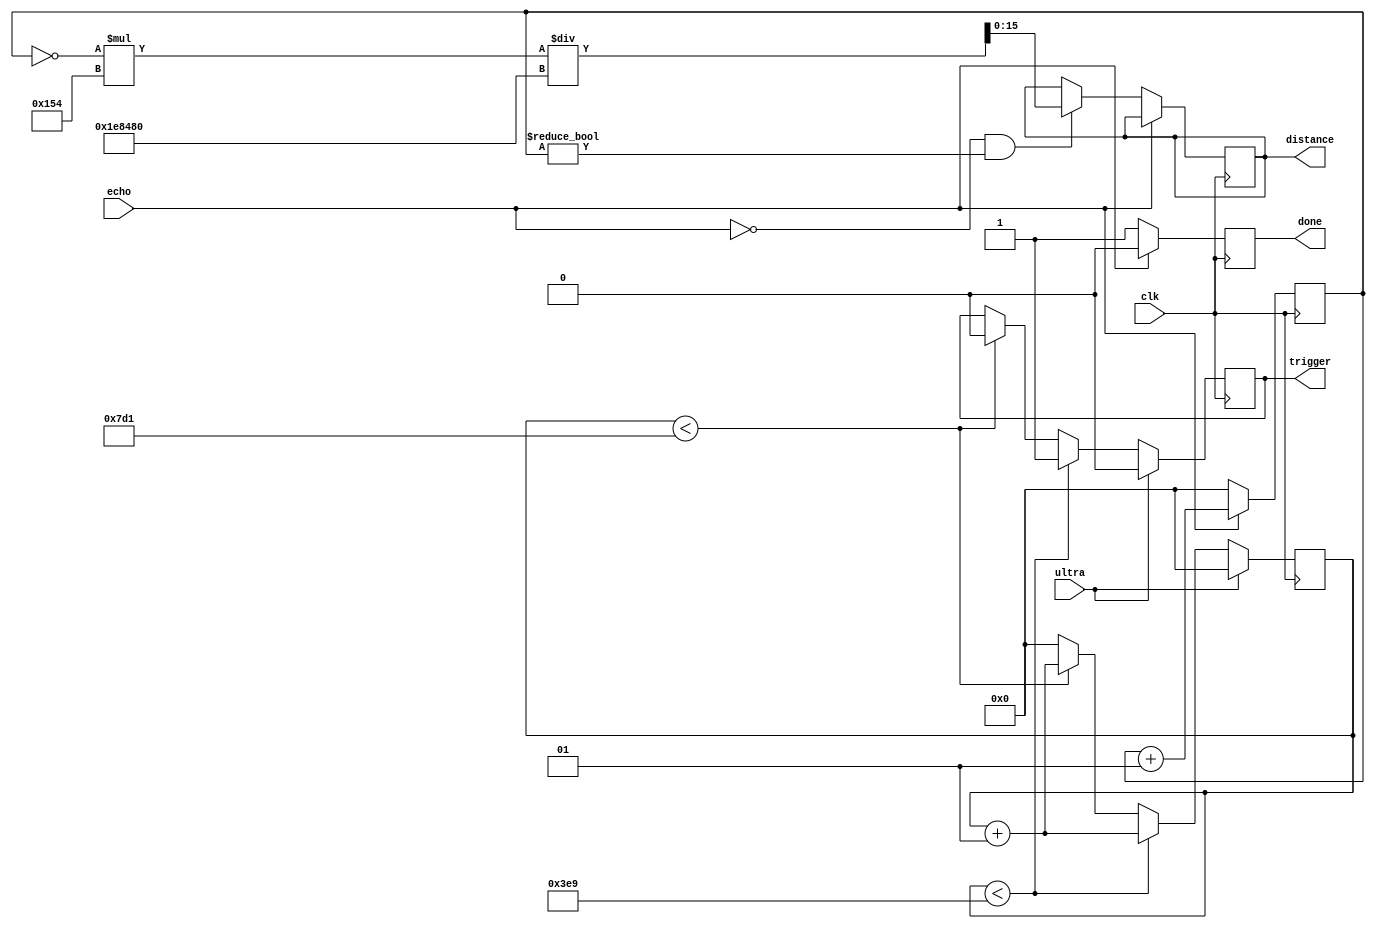

	
	
module ultrasonido1(input ultra, input clk, input echo, output reg done, output reg trigger, output reg [15:0] distance);
	//Perodo de la FPGA T=10nS (Cdigo Alterno)  
	//Declaracin de parmetros
	//Estos parmetros se encuentran  en nano segundos por el periodo de la FPGA 
	parameter divH = 1000; 
	parameter divL = 2000;
	
	//Contadores
	integer countF;
	integer countEcho;
	
	initial countF = 0;
	
	//Trigger
	always @(posedge clk) begin 
		if (ultra) 
		begin 
			countF <= 0;
			trigger <= 0;
		end 
		else 
		begin
			countF <= countF +1; //en caso de no funcionar probar con begin end en cada if
			if (countF < divH+1)
				trigger <= 1;
			else
			if (countF < divL+1)
				trigger <= 0;
			else 
				countF <= 0;
		end
	end
	
	//echo
	always @(posedge clk) begin
		if (echo == 1) begin
			countEcho <= countEcho +1;
			done <= 0;
		end
		else
		begin
			if (echo == 0 & countEcho != 0)	
				distance <= (~countEcho*340)/2000000;
				//distance <= countEcho/58000;
				countEcho <=0;
				done <= 1; 	
		end
		
	end
	
endmodule